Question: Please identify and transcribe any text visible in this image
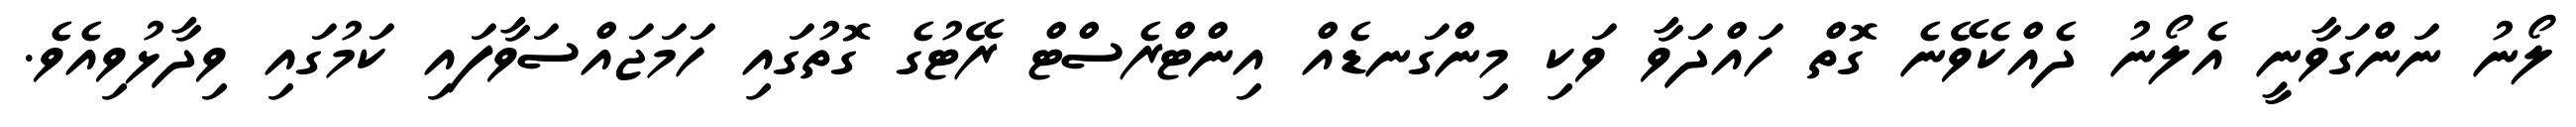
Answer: ލޯނު ނަންގަވާނީ އެލޯނު ދެއްކެވޭނެ ގޮތް ހައްދަވާ ވަކި މިންގަނޑެއް އިންޓްރެސްޓް ރޭޓުގެ ގޮތުގައި ހަމަޖައްސަވާފައި ކަމުގައި ވިދާޅުވިއެވެ.